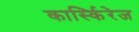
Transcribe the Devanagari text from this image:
कार्स्किरेज